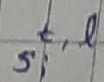
Text: s,t,l